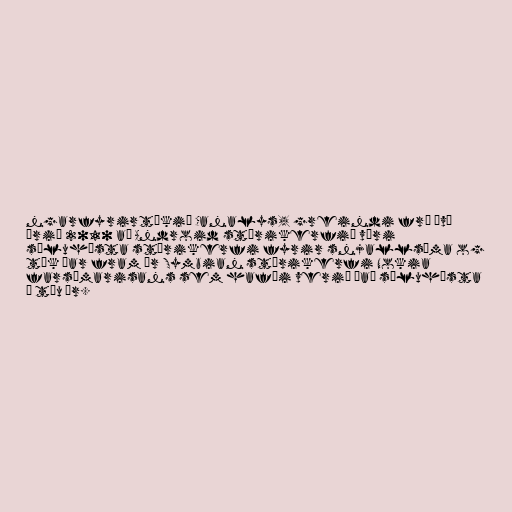
ngarfyrirtækið Canalys, greindi frá því
árið 2010 að Android stýrikerfið væri
söluhæsta stýrikerfi fyrir snjallsíma og
tók þar fram úr Symbian stýrikerfi Nokia
farsímarisans sem hafði verið það söluhæsta
í tíu ár.